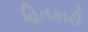
હિતકારી